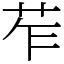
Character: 苲